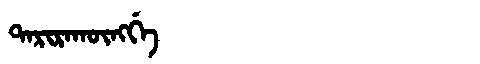
Manchu: ᡨᠠᡵᡳᡵᠠᡴᡡᠩᡤᡝ
Romanization: TARIRAKŪNGGE